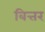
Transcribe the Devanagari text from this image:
बित्तर